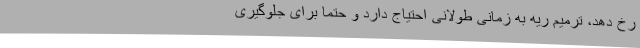
رخ دهد، ترمیم ریه به زمانی طولانی احتیاج دارد و حتما برای جلوگیری